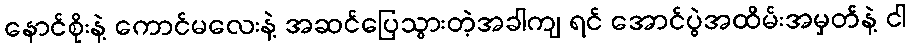
နောင်စိုးနဲ့ ကောင်မလေးနဲ့ အဆင်ပြေသွားတဲ့အခါကျ ရင် အောင်ပွဲအထိမ်းအမှတ်နဲ့ ငါ